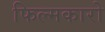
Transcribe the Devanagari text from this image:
फिल्मकारो